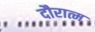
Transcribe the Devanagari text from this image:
दौरात्म